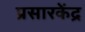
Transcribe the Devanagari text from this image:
प्रसारकेंद्र